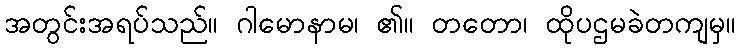
အတွင်းအရပ်သည်။ ဂါမောနာမ၊ ၏။ တတော၊ ထိုပဌမခဲတကျမှ။